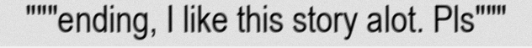
"""ending, I like this story alot. Pls"""